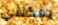
يمكنني